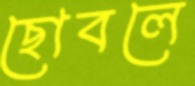
ছোবলে